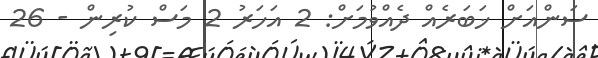
ސަންއަށް ޚަބަރެއް ދެއްވުމަށް: 2 އަހަރު 2 މަސް ކުރިން - 26